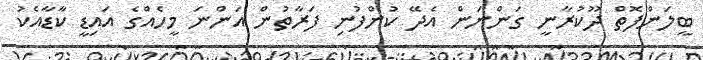
ބީލަންފޮތް ދޫކުރާނީ ގަންނަން އެދޭ ކުންފުނި ފަރާތުން އަންނަ މީހެއްގެ އައިޑީ ކާޑާއެކު